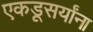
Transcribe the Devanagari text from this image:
एकडूसर्यांना